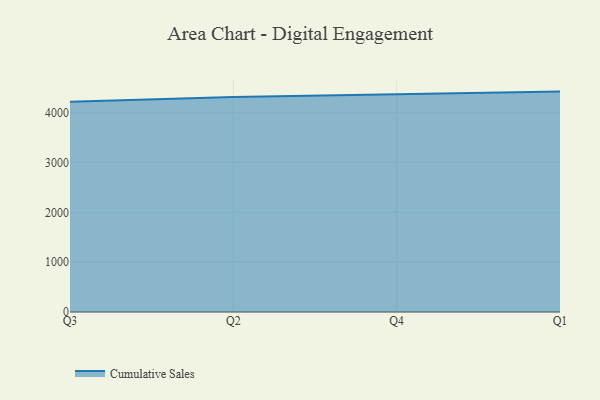
{"axis": {"x": "Quarter", "y": "Energy Usage (MWh)"}, "legend": ["Cumulative Sales"], "data": [{"x": "Q3", "y": 4221.0, "type": "Cumulative Sales"}, {"x": "Q2", "y": 4315.8, "type": "Cumulative Sales"}, {"x": "Q4", "y": 4371.0, "type": "Cumulative Sales"}, {"x": "Q1", "y": 4422.5, "type": "Cumulative Sales"}]}